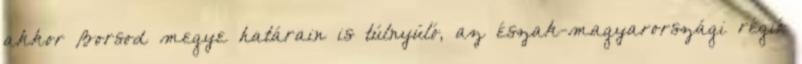
akkor Borsod megye határain is túlnyúló, az észak-magyarországi régió